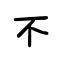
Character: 不